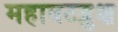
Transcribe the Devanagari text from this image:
महावटव्रुक्ष